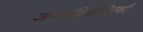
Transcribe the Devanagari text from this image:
जन्मदिनादिवशी